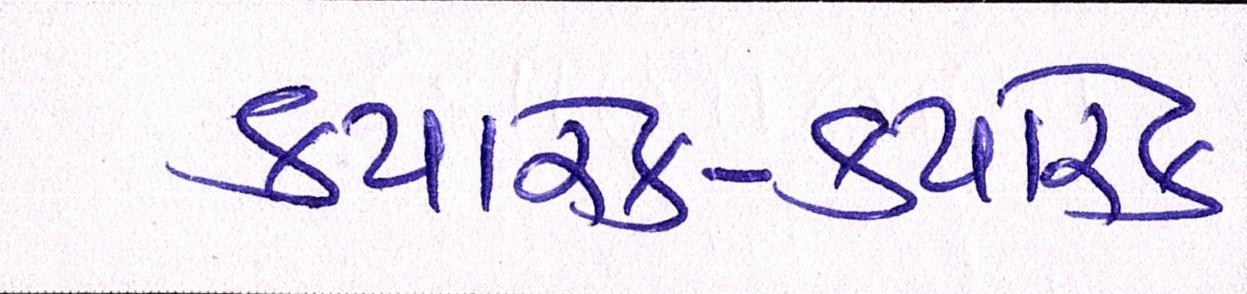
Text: ક્યારેક-ક્યારેક